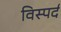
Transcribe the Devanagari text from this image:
विस्पर्द